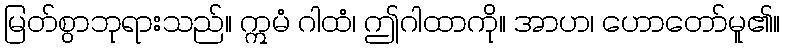
မြတ်စွာဘုရားသည်။ ဣမံ ဂါထံ၊ ဤဂါထာကို။ အာဟ၊ ဟောတော်မူ၏။